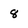
Character: 8